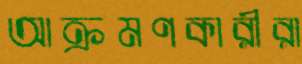
আক্রমণকারীরা